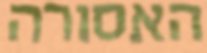
האסורה